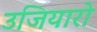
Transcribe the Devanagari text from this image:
उजियारो